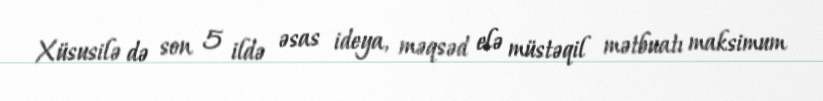
Xüsusilə də son 5 ildə əsas ideya, məqsəd elə müstəqil mətbuatı maksimum